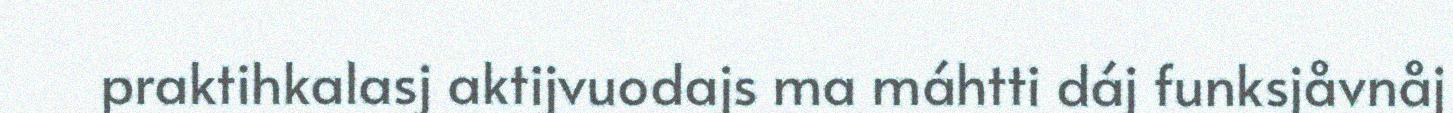
praktihkalasj aktijvuodajs ma máhtti dáj funksjåvnåj